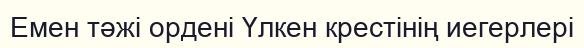
Емен тәжі ордені Үлкен крестінің иегерлері